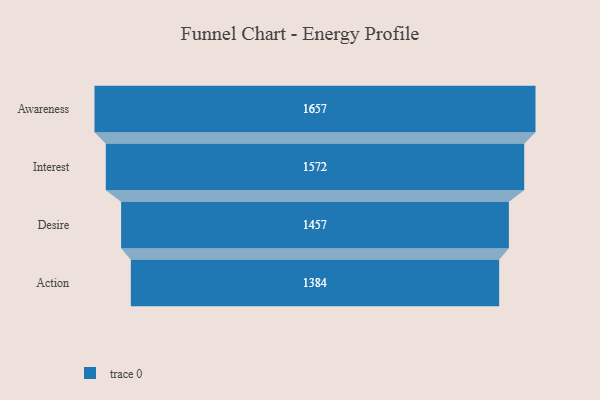
{"axis": {"x": "Stage", "y": "Value"}, "legend": [""], "data": [{"x": "Awareness", "y": 1657.0, "type": ""}, {"x": "Interest", "y": 1572.0, "type": ""}, {"x": "Desire", "y": 1457.0, "type": ""}, {"x": "Action", "y": 1384.0, "type": ""}]}